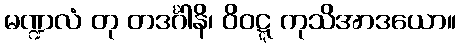
မဏ္ဍလံ တု တဒင်္ဂါနိ၊ ဝိဝဋ္ဋ ကုသိအာဒယော။